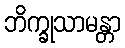
ဘိက္ခုသာမန္တာ